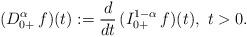
LaTeX: \begin{align*}(D^\alpha_{0+}\, f)(t) := \frac{d}{dt}\, (I^{1-\alpha}_{0+}\, f)(t),\ t>0.\end{align*}